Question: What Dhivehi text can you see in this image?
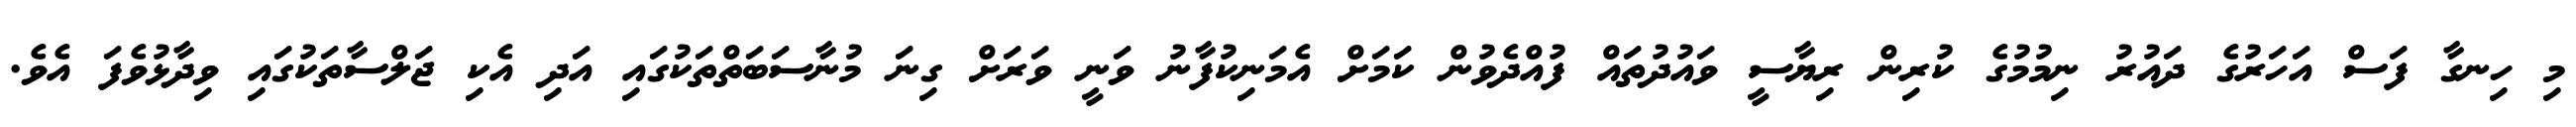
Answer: މި ހިނގާ ފަސް އަހަރުގެ ދައުރު ނިމުމުގެ ކުރިން ރިޔާސީ ވައުދުތައް ފުއްދެވުން ކަމަށް އެމަނިކުފާނު ވަނީ ވަރަށް ގިނަ މުނާސަބަތްތަކުގައި އަދި އެކި ޖަލްސާތަކުގައި ވިދާޅުވެފަ އެވެ.